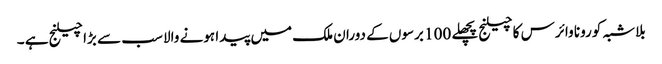
بلاشبہ کورونا وائرس کا چیلنج پچھلے 100 برسوں کے دوران ملک میں پیدا ہونے والا سب سے بڑا چیلنج ہے ۔